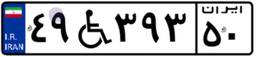
۶۷W۱۰۷۴۱